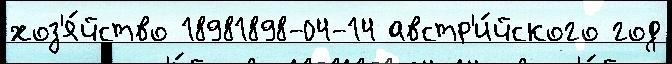
хоз'я́йство 18981898-04-14 австр'и́йского год